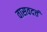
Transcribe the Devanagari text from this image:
वासवदत्तं